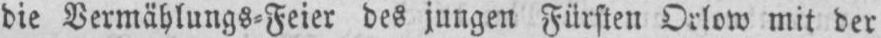
die Vermählungs⸗Feier des jungen Fürsten Orlow mit der